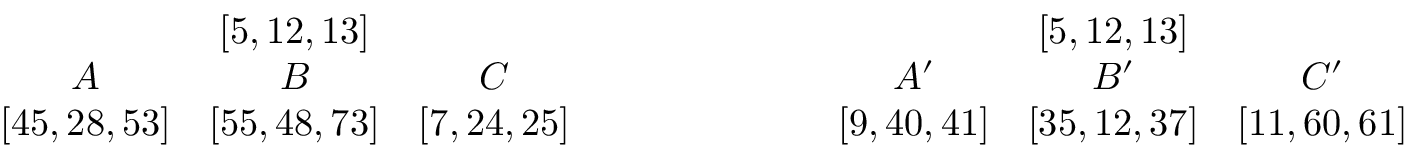
{ \begin{array} { c c c } & { \left[ 5 , 1 2 , 1 3 \right] } & \\ { A } & { B } & { C } \\ { \left[ 4 5 , 2 8 , 5 3 \right] } & { \left[ 5 5 , 4 8 , 7 3 \right] } & { \left[ 7 , 2 4 , 2 5 \right] } \end{array} } \quad \quad \quad \quad \quad \quad { \begin{array} { c c c } { } & { \left[ 5 , 1 2 , 1 3 \right] } & { } \\ { A ^ { \prime } } & { B ^ { \prime } } & { C ^ { \prime } } \\ { \left[ 9 , 4 0 , 4 1 \right] } & { \left[ 3 5 , 1 2 , 3 7 \right] } & { \left[ 1 1 , 6 0 , 6 1 \right] } \end{array} }